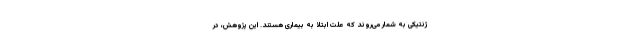
ژنتیکی به شمار می‌روند که علت ابتلا به بیماری هستند. این پژوهش، در